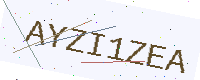
Text: AYZI1ZEA